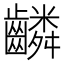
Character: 𬹸